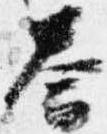
答